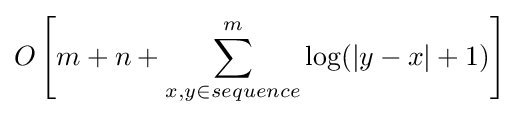
O\left[m+n+\sum _{x,y\in sequence}^{m}\log(|y-x|+1)\right]